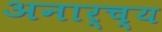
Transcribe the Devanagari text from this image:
अनार्च्य